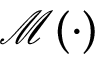
\mathcal { M } ( \cdot )